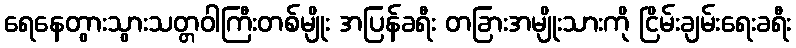
ရေနေတွားသွားသတ္တဝါကြီးတစ်မျိုး အပြန်ခရီး တခြားအမျိုးသားကို ငြိမ်းချမ်းရေးခရီး